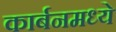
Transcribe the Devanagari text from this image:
कार्बनमध्ये